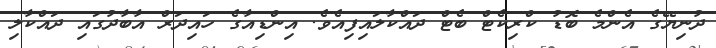
ދުނިޔޭގެ އެންމެ ބޮޑު ކްރިކެޓް ބެޓް ދައްކާލައިފިއެވެ. އިންޑިއާގެ ހައިދަރް އާބާދުގައި ދައްކާލި